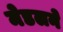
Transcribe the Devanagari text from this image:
मेडलने